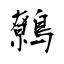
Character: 鷯